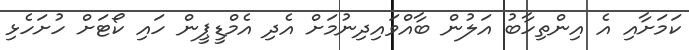
ކަމަށާއި އެ އިންތިހާބު އަލުން ބާއްވައިދިނުމަށް އެދި އެމްޑީޕީން ހައި ކޯޓަށް ހުށަހެޅި